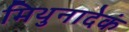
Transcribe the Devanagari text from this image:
मिथुनादेकं